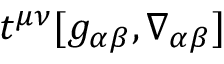
t ^ { \mu \nu } [ g _ { \alpha \beta } , \nabla _ { \alpha \beta } ]